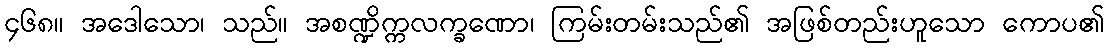
၄၆၈။ အဒေါသော၊ သည်။ အစဏ္ဍိက္ကလက္ခဏော၊ ကြမ်းတမ်းသည်၏ အဖြစ်တည်းဟူသော ကောပ၏